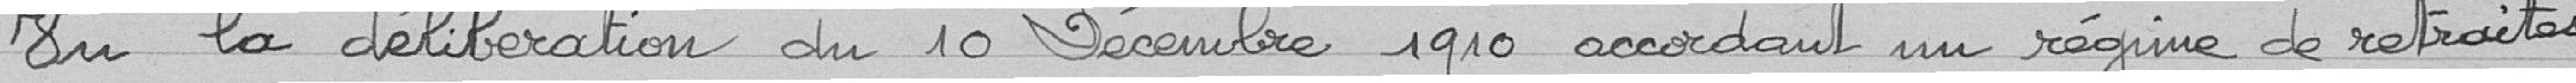
Vu la délibération du 10 décembre 1910 accordant un régime de retraite